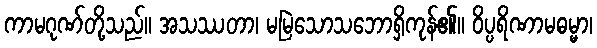
ကာမဂုဏ်တို့သည်။ အသဿတာ၊ မမြဲသောသဘောရှိကုန်၏။ ဝိပ္ပရိဏာမဓမ္မာ၊